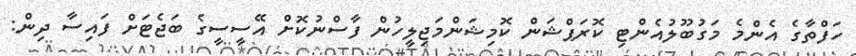
ހަފްތާގެ އެންމެ މަގުބޫލުއެންޓި ކޮރަޕްޝަން ކޮމިޝަންމަޖިލީހުން ފާސްނުކޮށް އޭސީސީގެ ބަޖެޓަށް ފައިސާ ދިން: